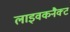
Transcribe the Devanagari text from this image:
लाइवकनैक्ट